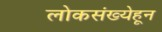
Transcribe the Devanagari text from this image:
लोकसंख्येहून